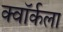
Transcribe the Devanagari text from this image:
क्वॉर्कला